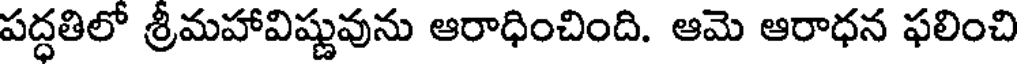
పద్ధతిలో శ్రీమహావిష్ణువును ఆరాధించింది. ఆమె ఆరాధన ఫలించి